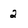
Character: 2